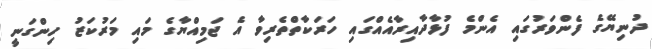
ދުނިޔޭގެ ފެންވަރުގައި އެންމެ ފުޅާދާއިރާއެއްގައި ހަރަކާތްތެރިވާ އެ ޖަމިއްޔާގެ މައި މަރުކަޒު ހިންގަނީ